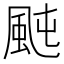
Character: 𩖤